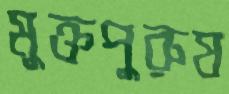
মুক্তপুরুষ